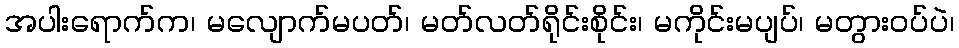
အပါးရောက်က၊ မလျောက်မပတ်၊ မတ်လတ်ရိုင်းစိုင်း၊ မကိုင်းမပျပ်၊ မတွားဝပ်ပဲ၊